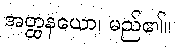
အတ္ထနယော၊ မည်၏။